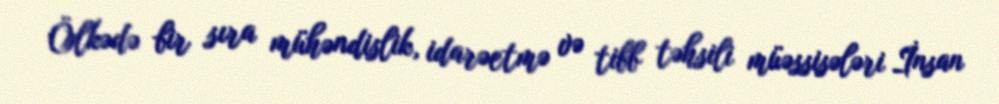
Ölkədə bir sıra mühəndislik, idarəetmə və tibb təhsili müəssisələri İnsan